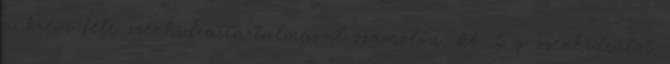
a krém fele szénhidráttartalmával számolva, kb. 6 g szénhidrátot